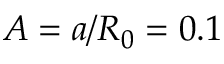
A = a / R _ { 0 } = 0 . 1